Leaving Certificate Examination, 1924
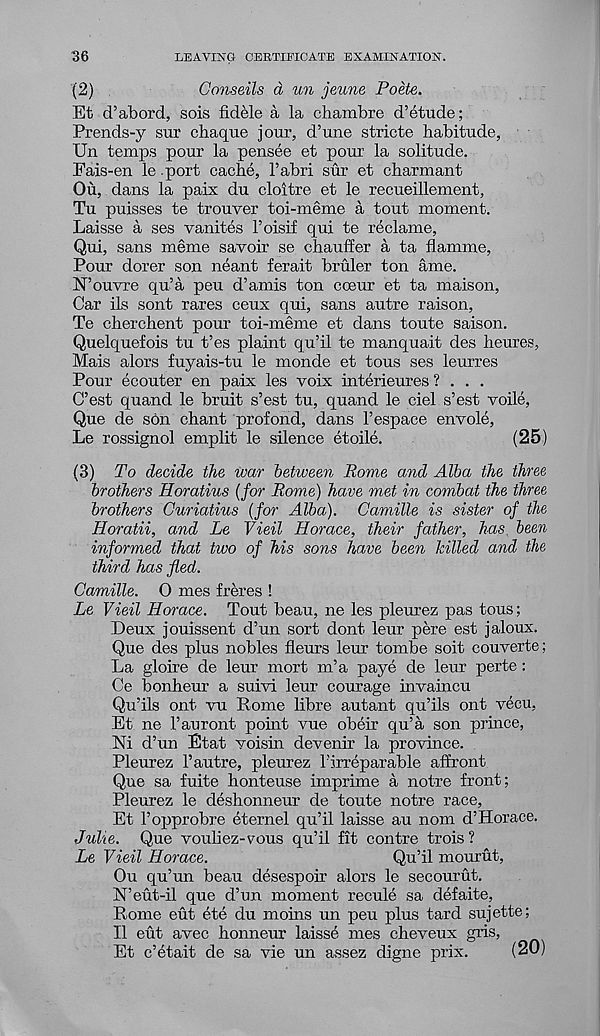
36
LEAVING CERTIFICATE EXAMINATION.
(2)
Gonseils d un jeune Poete.
Et d’abord, sois fidele a la chambre d’etude;
Prends-y sur chaque jour, d’une stricte habitude,
Un temps pour la pensee et pour la solitude.
Eais-en le port cache, I’abri sur et charmant
Ou, dans la paix du cloitre et le recueillement,
Tu puisses te trouver toi-meme a tout moment.
Laisse a ses vanites Foisii qui te reclame,
Qui, sans meme savoir se chauffer a ta flamme,
Pour dorer son neant ferait bruler ton ame.
bFouvre qu’a peu d’amis ton coeur et ta maison,
Car ils sont rares ceux qui, sans autre raison,
Te cherchent pour toi-meme et dans toute saison.
Quelquefois tu t’es plaint qu’il te manquait des heures,
Mais alors fuyais-tu le monde et tons ses leurres
Pour ecouter en paix les voix interieures ? . . .
C’est quand le bruit s’est tu, quand le ciel s’est voile,
Que de son chant profond, dans I’espace envole,
Le rossignol emplit le silence etoile.
(25)
(3) To decide the war behveen Rome and Alba the three
brothers Horatius (for Rome) have met in combat the three
brothers Guriatius (for Alba). Camille is sister of the
Horatii, and Le Vieil Horace, their father, has been
informed that two of his sons have been killed and the
third has fled.
Camille. O mes freres !
Le Vieil Horace. Tout beau, ne les pleurez pas tous;
Deux jouissent d’un sort dont leur pere est jaloux.
Que des plus nobles fleurs leur tombe soit couverte;
La gloire de leur mort m’a paye de leur perte:
Ce bonheur a suivi leur courage invaincu
Qu’ils ont vu Rome libre autant qu’ils ont vecu,
Et ne 1’auront point vue obeir qu’a son prince,
M d’un Etat voisin devenir la province.
Pleurez 1’autre, pleurez birreparable affront
Que sa fuite honteuse imprime a notre front;
Pleurez le deshonneur de toute notre race,
Et 1’opprobre eternel qu’il laisse au nom d’Horace.
Julie. Que vouliez-vous qu’il fit centre trois?
Le Vieil Horace.
Qu’il mourut,
Ou qu’un beau desespoir alors le secourut.
N’eut-il que d’un moment recule sa defaite,
Rome eut ete du moins un peu plus tard sujette;
11 eut avec honneur laisse mes cheveux gris,
Et e’etait de sa vie un assez digne prix.
(20)